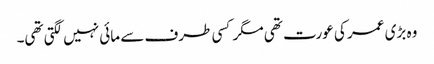
وہ بڑی عمر کی عورت تھی مگر کسی طرف سے مائی نہیں لگتی تھی۔